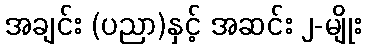
အချင်း (ပညာ)နှင့် အဆင်း ၂-မျိုး